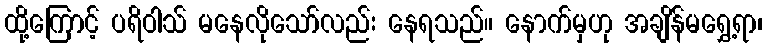
ထို့ကြောင့် ပရိဝါသ် မနေလိုသော်လည်း နေရသည်။ နောက်မှဟု အချိန်မရွှေ့ရာ၊